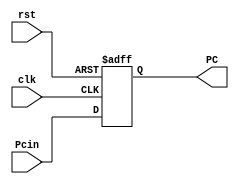
module 	Program_Counter(input clk, rst, 
			input [7:0] Pcin,
			output reg [7:0] PC);
	
	always @(posedge clk, negedge rst) begin
		if(!rst)
			PC <= 0;	
		else 
			PC <= Pcin;
	end
	

endmodule